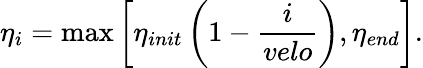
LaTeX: \eta_{i}=\operatorname*{max}\left[\eta_{init}\left(1-\frac{i}{velo}\right),\eta_{end}\right].